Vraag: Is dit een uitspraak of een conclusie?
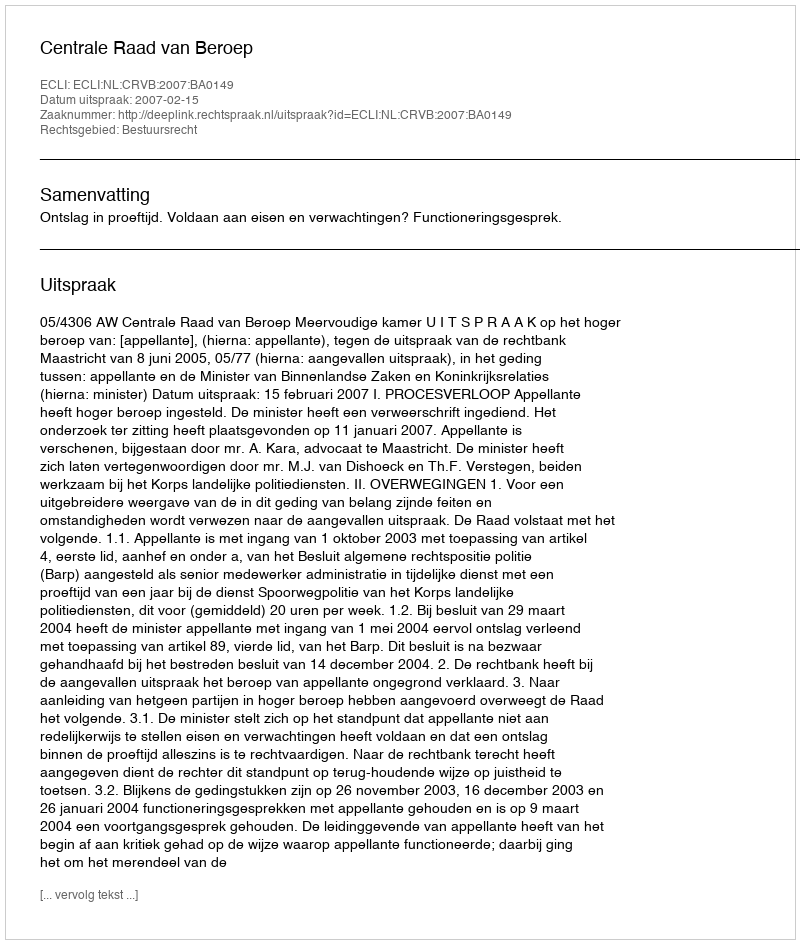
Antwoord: Uitspraak